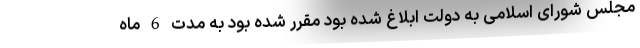
مجلس شورای اسلامی به دولت ابلاغ شده بود مقرر شده بود به مدت 6 ماه